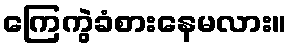
ကြေကွဲခံစားနေမလား။